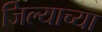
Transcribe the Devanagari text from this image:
जिल्याच्या